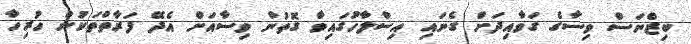
ބިޒްނަސް ވިސާގެ ގަވާއިދަށް ގެނައި އިސްލާހުގައިވާ ގޮތުން ވިސާއަށް އެދޭ ފަރާތްތަކުން ހުރިހާ